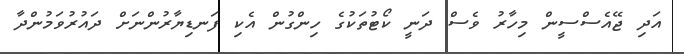
އަދި ޖޭއެސްސީން މިހާރު ވެސް ދަނީ ކޯޓުތަކުގެ ހިންގުން އެކި ފަނޑިޔާރުންނަށް ދައުރުވަމުންދާ